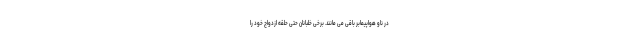
در ناو هواپیمابر باقی می مانند. برخی خلبانان حتی حلقه ازدواج خود را